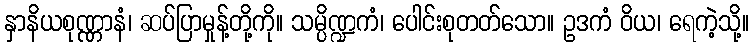
နှာနိယစုဏ္ဏာနံ၊ ဆပ်ပြာမှုန့်တို့ကို။ သမ္ပိဏ္ဍကံ၊ ပေါင်းစုတတ်သော။ ဥဒကံ ဝိယ၊ ရေကဲ့သို့။